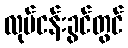
လုပ်ငန်းခွင်တွင်